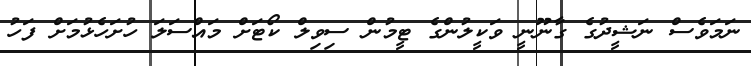
ނަަމަވެސް ނަޝީދުގެ ގާނޫނީ ވަކީލުންގެ ޓީމުން ސިވިލް ކޯޓަށް މައްސަލަ ހުށަހެޅުމަށް ފަހު